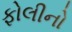
ફોલીનો